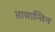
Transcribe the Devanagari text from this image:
तावान्तिन